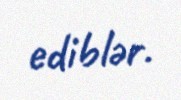
ediblər.